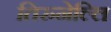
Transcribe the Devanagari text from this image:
तिरुनेल्लि